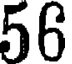
56